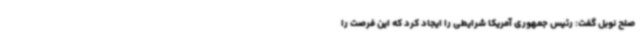
صلح نوبل گفت: رئیس جمهوری آمریکا شرایطی را ایجاد کرد که این فرصت را